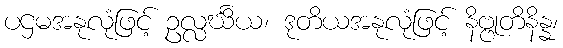
ပဌမအနုလုံဖြင့် ဥလ္လင်္ဃိယ၊ ဒုတိယအနုလုံဖြင့် နိဗ္ဗုတိနိန္န၊